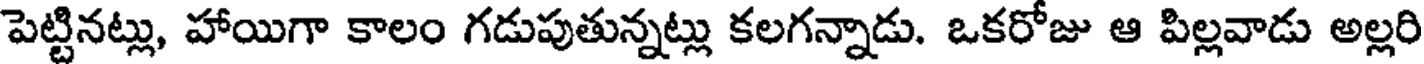
పెట్టినట్లు, హాయిగా కాలం గడుపుతున్నట్లు కలగన్నాడు. ఒకరోజు ఆ పిల్లవాడు అల్లరి